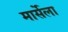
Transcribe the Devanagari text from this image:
मार्सेला